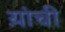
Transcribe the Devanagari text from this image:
य़ांची